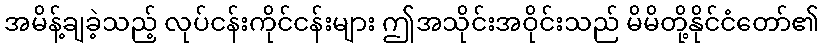
အမိန့်ချခဲ့သည့် လုပ်ငန်းကိုင်ငန်းများ ဤအသိုင်းအဝိုင်းသည် မိမိတို့နိုင်ငံတော်၏